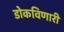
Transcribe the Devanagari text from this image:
डोकविणारी